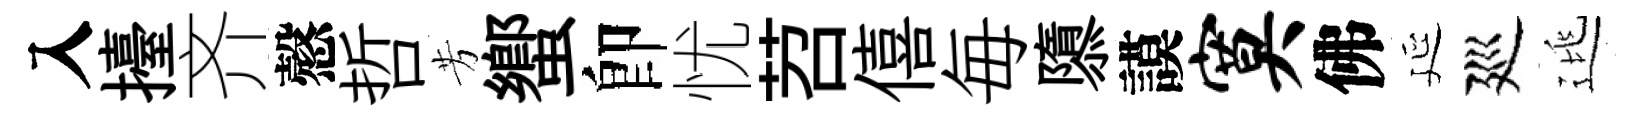
入擡齐慤哲芳蠁卽忧苕僖毎隳謨寞佛延廵逃